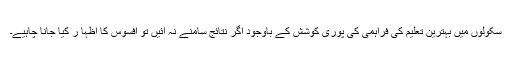
سکولوں میں بہترین تعلیم کی فراہمی کی پوری کوشش کے باوجود اگر نتائج سامنے نہ آئیں تو افسوس کا اظہا ر کیا جانا چاہیے۔